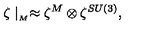
\zeta \mid _ { _ M } \approx \zeta ^ { M } \otimes \zeta ^ { S U ( 3 ) } ,